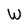
Character: W